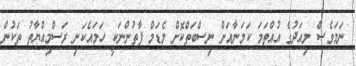
ނަމަވެސް މިއަދުގެ އުއްތަމަ ކަމަނާއަށް ނިސްބަތްކޮށް މެޑަމް ފާތުންނަކީ ހަމައެކަނި ރަސްމިއްޔާތު ތަކުން